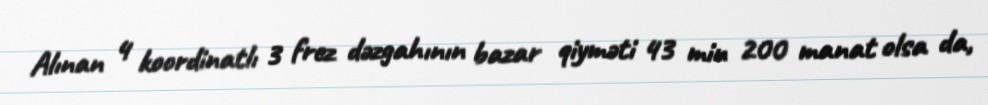
Alınan 4 koordinatlı 3 frez dəzgahının bazar qiyməti 43 min 200 manat olsa da,